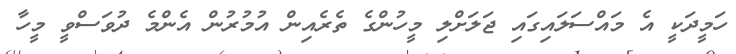
ހަމީދަކީ އެ މައްސަލައިގައި ޖަލަށްލި މީހުންގެ ތެރެއިން އުމުރުން އެންމެ ދުވަސްވީ މީހާ